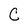
Character: C